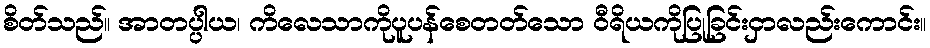
စိတ်သည်။ အာတပ္ပါယ၊ ကိလေသာကိုပူပန်စေတတ်သော ဝီရိယကိုပြုခြင်းငှာလည်းကောင်း။